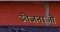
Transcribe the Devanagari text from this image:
उतेजनाओं